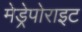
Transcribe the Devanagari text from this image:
मेड्रेपोराइट